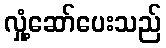
လှုံ့ဆော်ပေးသည်